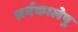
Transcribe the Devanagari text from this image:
सर्वकालेषु